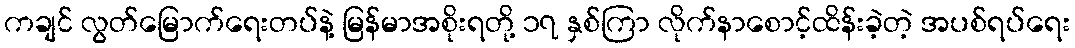
ကချင် လွတ်မြောက်ရေးတပ်နဲ့ မြန်မာအစိုးရတို့ ၁၇ နှစ်ကြာ လိုက်နာစောင့်ထိန်းခဲ့တဲ့ အပစ်ရပ်ရေး